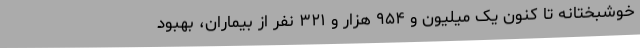
خوشبختانه تا کنون یک میلیون و ۹۵۴ هزار و ۳۲۱ نفر از بیماران، بهبود